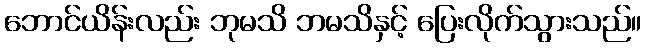
ဘောင်ယိန်းလည်း ဘုမသိ ဘမသိနှင့် ပြေးလိုက်သွားသည်။